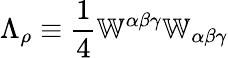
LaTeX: \Lambda_{\rho}\equiv\frac{1}{4}\mathbb{W}^{\alpha\beta\gamma}\mathbb{W}_{\alpha\beta\gamma}